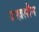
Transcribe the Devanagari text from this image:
जखलौन